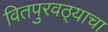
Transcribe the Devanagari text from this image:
वितपुरवठ्याचा